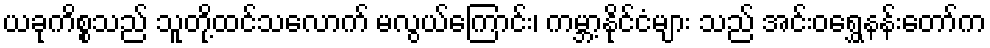
ယခုကိစ္စသည် သူတို့ထင်သလောက် မလွယ်ကြောင်း၊ ကမ္ဘာ့နိုင်ငံများ သည် အင်းဝရွှေနန်းတော်က